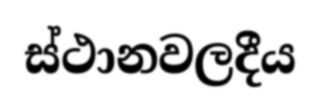
ස්ථානවලදීය